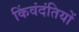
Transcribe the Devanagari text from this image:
किंवंदंतियों